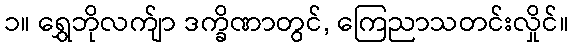
၁။ ရွှေဘိုလက်ျာ ဒက္ခိဏာတွင်, ကြေညာသတင်းလှိုင်။